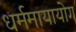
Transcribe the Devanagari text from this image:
धर्ममायायोग